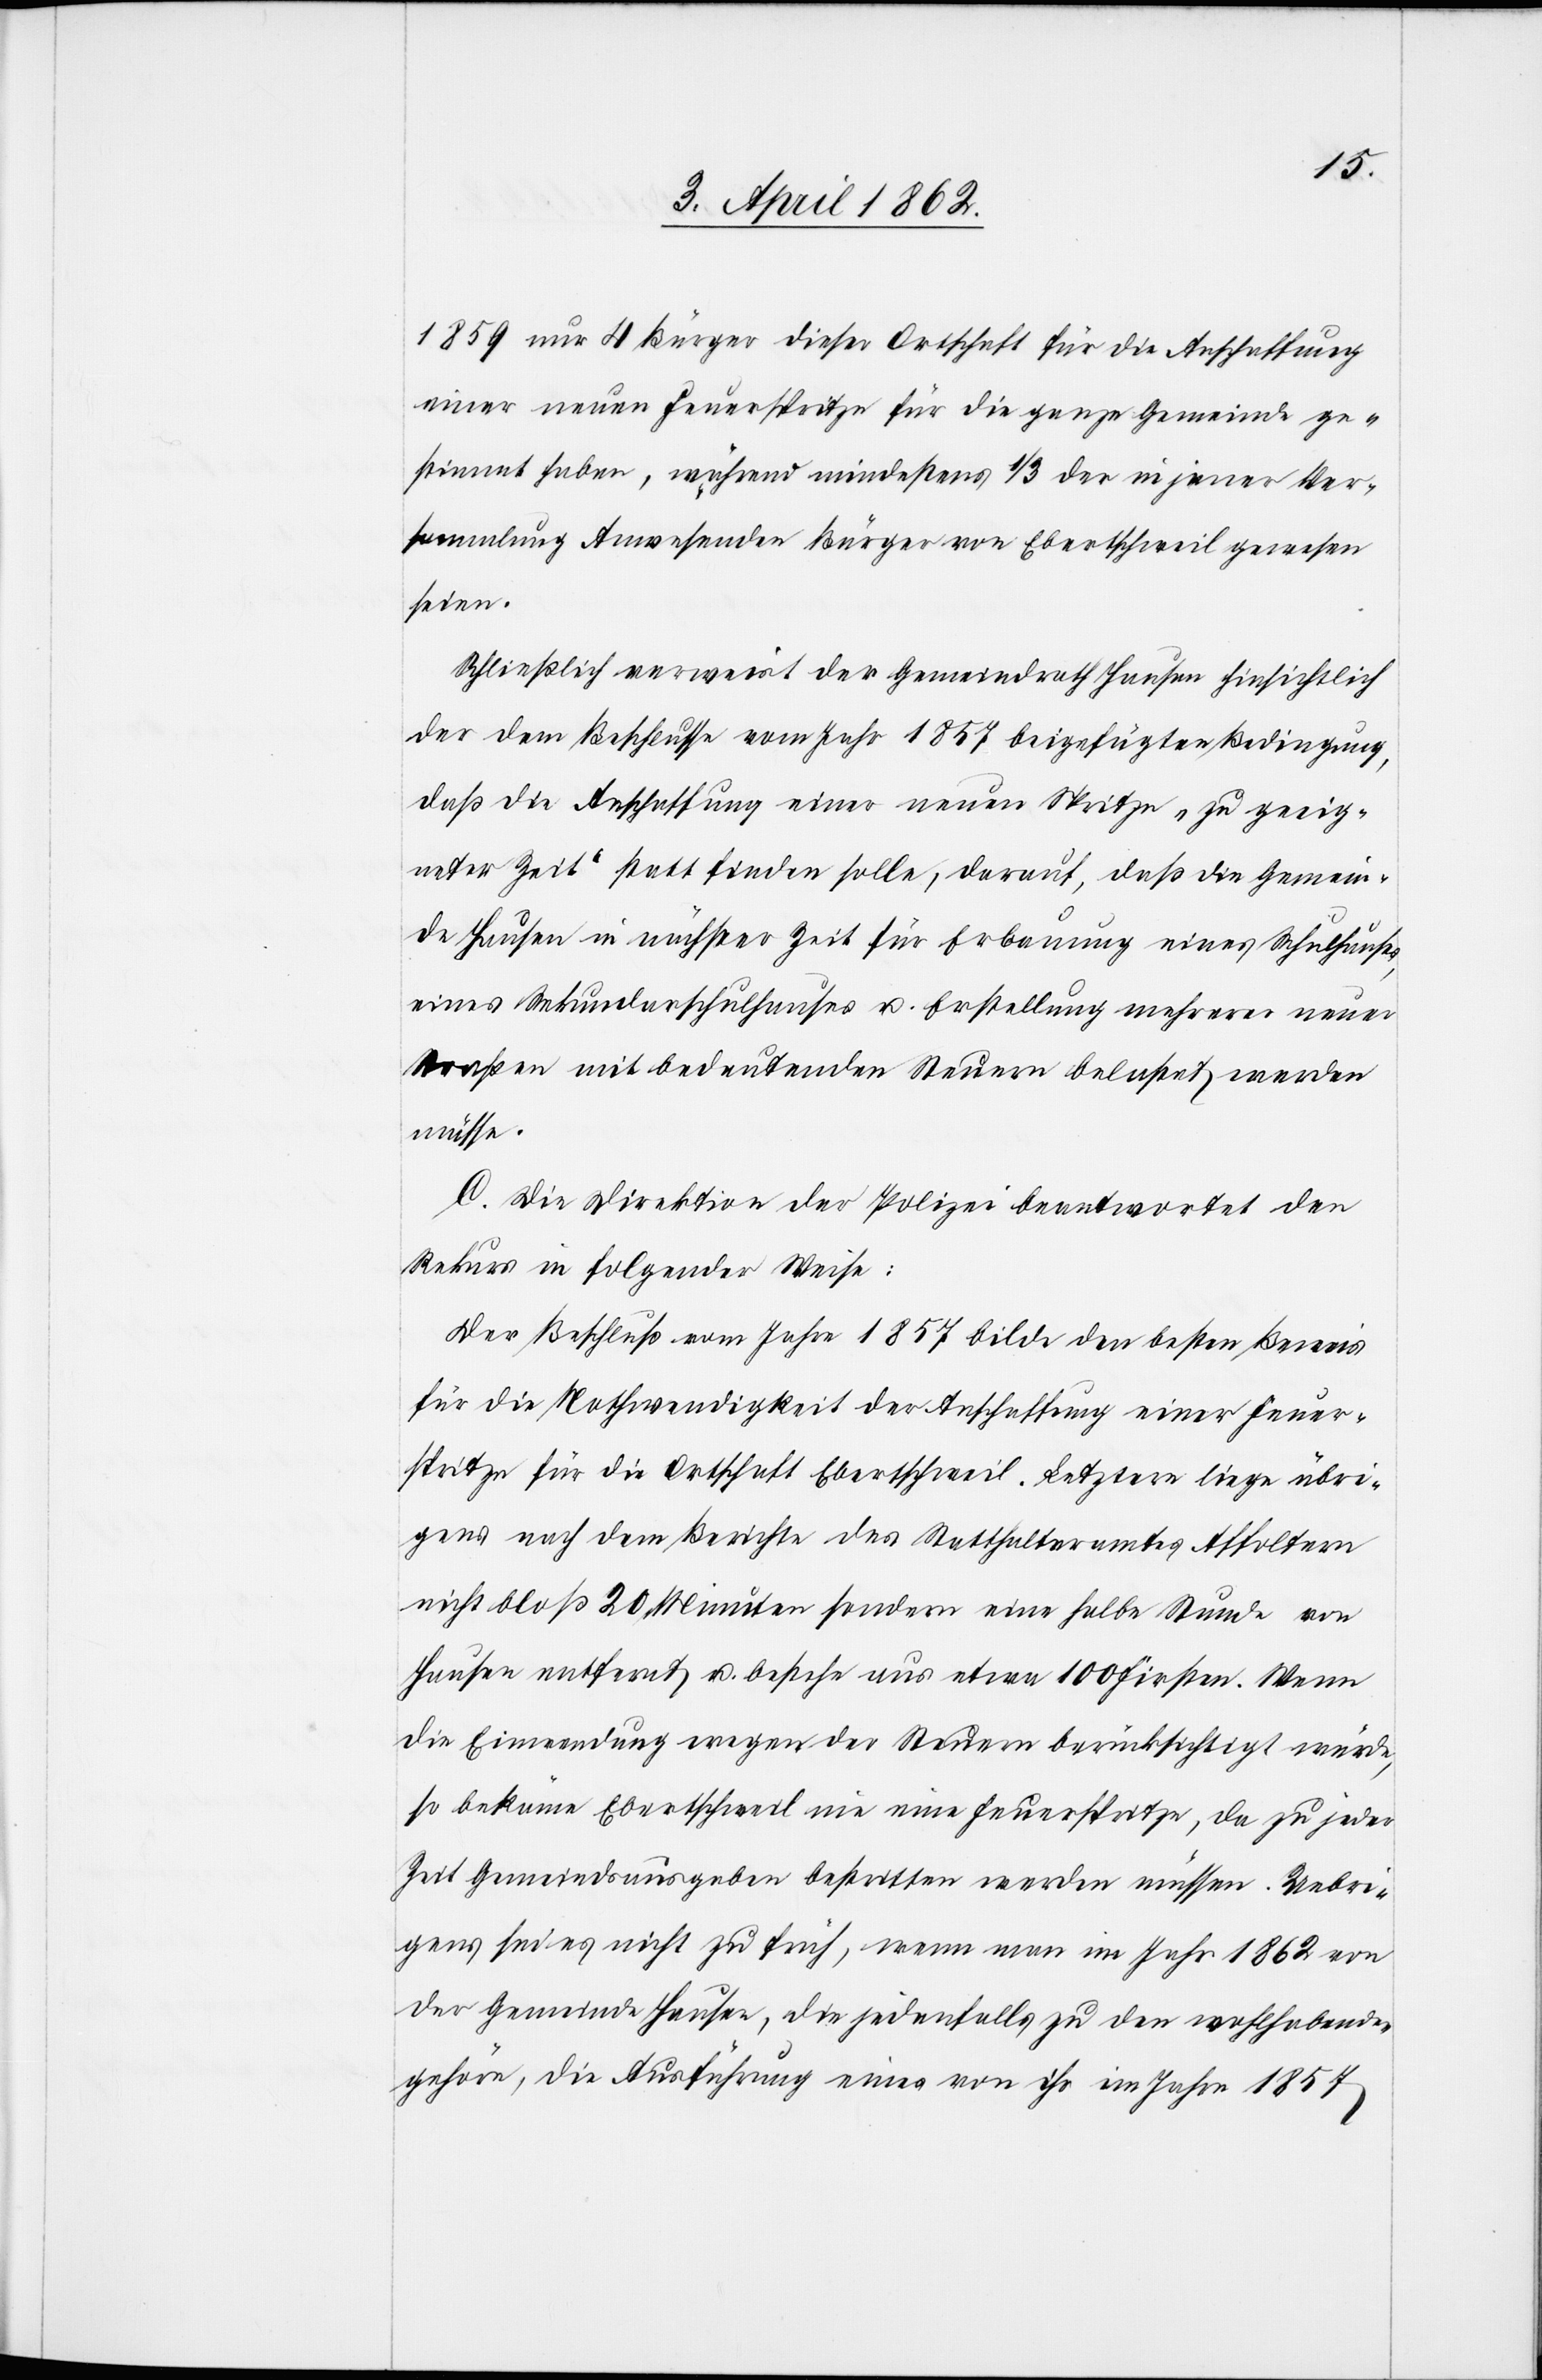
1859 nur 4 Bürger dieser Ortschaft für die Anschaffung
einer neuen Feuerspritze für die ganze Gemeinde ges¬
timmt haben, während mindestens 1/3 der in jener Ver¬
sammlung Anwesenden Bürger von Ebertschweil gewesen
seien.
Schließlich verweist der Gemeindrath Hausen hinsichtlich
der dem Beschlusse vom Jahr 1857 beigefügten Bedingung,
daß die Anschaffung einer neuen Spritze „zu geeig¬
neter Zeit“ statt finden solle, darauf, daß die Gemein¬
de Hausen in nächster Zeit für Erbauung eines Schulhauses,
eines Sekundarschulhauses u. Erstellung mehrerer neuer
Straßen mit bedeutenden Steuern belastet werden
müsse.
C. Die Direktion der Polizei beantwortet den
Rekurs in folgender Weise:
Der Beschluß vom Jahre 1857 bilde den besten Beweis
für die Nothwendigkeit der Anschaffung einer Feuer¬
spritze für die Ortschaft Ebertschweil. Letztere liege übri¬
gens nach dem Bericht des Statthalteramtes Affoltern
nicht bloß 20 Minuten sondern eine halbe Stunde von
Hausen entfernt u. bestehe aus etwa 100 Firsten. Wenn
die Einwendung wegen der Steuern berücksichtigt würde,
so bekäme Ebertschweil nie eine Feuerspritze, da zu jeder
Zeit Gemeindsausgaben bestritten werden müssen. Uebri¬
gens sei es nicht zu früh, wenn man im Jahr 1862 von
der Gemeinde Hausen, die jedenfalls zu den wohlhabenden
gehöre, die Ausführung eines von ihr im Jahre 1854